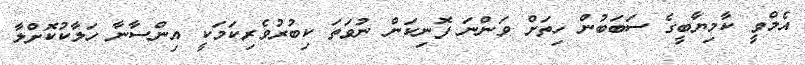
އެމްވީ ކާމިޔާބީގެ ސަބަބުން ހިތަށް ވަންނަ ފޮނިކަން ނުވަތަ ކިބުރުވެރިކަމަކީ އިންސާނާ ހަލާކުކޮށްލާ